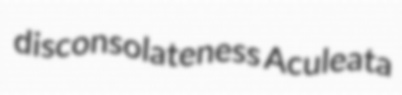
disconsolateness Aculeata